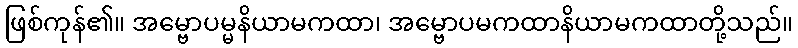
ဖြစ်ကုန်၏။ အမ္ဗောပမ္မနိယာမကထာ၊ အမ္ဗောပမကထာနိယာမကထာတို့သည်။